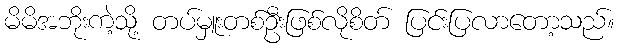
မိမိအဘိုးကဲ့သို့ တပ်မှူးတစ်ဦးဖြစ်လိုစိတ် ပြင်းပြလာတော့သည်။